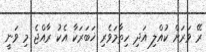
ރޭ ވަރަށް ކުއްލި އަދި ހިތާމަވެރި ޚަބަރަކާ އެކު ރާއްޖެ މި ވަނީ